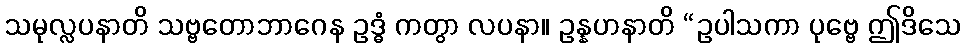
သမုလ္လပနာတိ သဗ္ဗတောဘာဂေန ဥဒ္ဓံ ကတွာ လပနာ။ ဥန္နဟနာတိ “ဥပါသကာ ပုဗ္ဗေ ဤဒိသေ